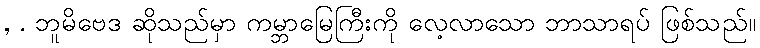
, . ဘူမိဗေဒ ဆိုသည်မှာ ကမ္ဘာမြေကြီးကို လေ့လာသော ဘာသာရပ် ဖြစ်သည်။